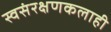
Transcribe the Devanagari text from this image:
स्वसंरक्षणकलाही